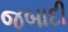
જબાદી